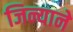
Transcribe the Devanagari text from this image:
जिन्याने